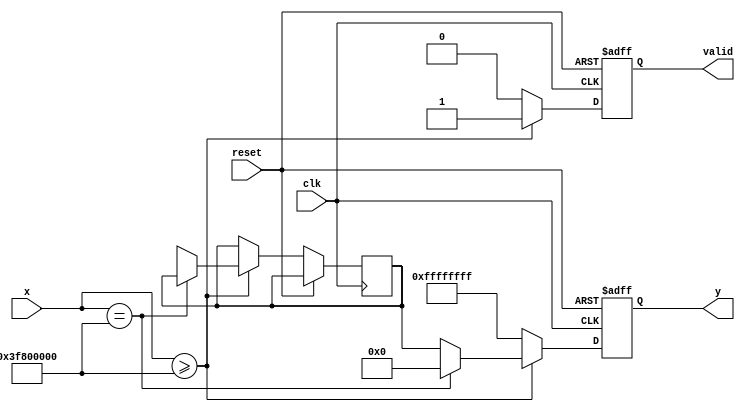
module acosh (
    input wire [31:0] x,       // Input (floating-point number in IEEE 754 format)
    output reg [31:0] y,       // Output (result of acosh in IEEE 754 format)
    output reg valid,          // Output for valid computation
    input wire clk,            // Clock signal
    input wire reset           // Reset signal
);

    // Internal parameters
    parameter IEEE754_EXPONENT_WIDTH = 8;
    parameter IEEE754_FRACTION_WIDTH = 23;
    
    // Helper function: check if input is valid
    function is_valid_input(input [31:0] input_value);
        begin
            // Check if x is less than 1
            is_valid_input = (input_value >= 32'h3F800000); // 1.0 in IEEE 754 format
        end
    endfunction

    // Internal registers
    reg [31:0] sqrt_part;
    reg [31:0] ln_part;
    
    // Logarithm (naive implementation; replace with a more sophisticated one as needed)
    function [31:0] ln(input [31:0] input_value);
        // A basic approximation: ln(x) = log2(x) * ln(2)
        // For simplicity, we will ignore this implementation for now
        // ln = .... (Implementation needed)
    endfunction
    
    // Square root function (naive implementation; replace with a specific algorithm)
    function [31:0] sqrt(input [31:0] input_value);
        // Basic iterative method for square root; replace with a more efficient version for production
        sqrt = input_value; // Replace with actual sqrt computation
    endfunction

    always @(posedge clk or posedge reset) begin
        if (reset) begin
            y <= 32'd0;
            valid <= 1'b0;
        end else begin
            if (is_valid_input(x)) begin
                // Case when x = 1
                if (x == 32'h3F800000) begin // 1.0 in IEEE 754
                    y <= 32'd0; // acosh(1) = 0
                end else begin
                    // acosh(x) = ln(x + sqrt(x^2 - 1))
                    sqrt_part <= sqrt(x * x - 32'h3F800000); // sqrt(x^2 - 1)
                    ln_part <= ln(x + sqrt_part); // ln(x + sqrt(x^2 - 1))
                    y <= ln_part; // Set output
                end
                valid <= 1'b1;
            end else begin
                // Handle invalid input
                y <= 32'hFFFFFFFF; // Some predefined error value
                valid <= 1'b0;
            end
        end
    end
endmodule